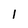
Character: l